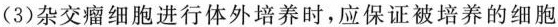
(3)杂交瘤细胞进行体外培养时，应保证被培养的细胞